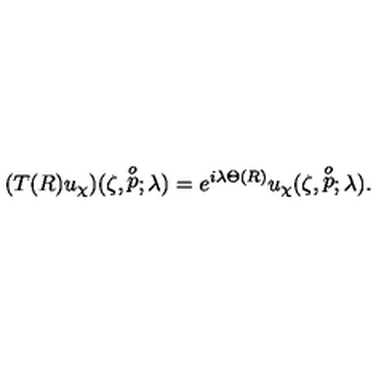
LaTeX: ( T ( R ) u _ { \chi } ) ( \zeta , \stackrel { o } { p } ; \lambda ) = e ^ { i \lambda \Theta ( R ) } u _ { \chi } ( \zeta , \stackrel { o } { p } ; \lambda ) .